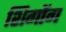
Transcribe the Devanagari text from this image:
शिगोंग